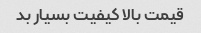
قیمت بالا کیفیت بسیار بد